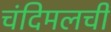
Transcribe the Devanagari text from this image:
चंदिमलची